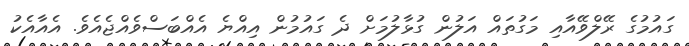
ގައުމުގެ ރޭލްވޭއާއި މަގުތައް އަލުން ގުޅާލުމަށް ދެ ގައުމުން އިއްޔެ އެއްބަސްވެއްޖެއެވެ. އެއާއެކު